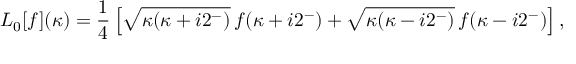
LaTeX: L _ { 0 } [ f ] ( \kappa ) = \frac { 1 } { 4 } \left[ \sqrt { \kappa ( \kappa + i 2 ^ { - } ) } \, f ( \kappa + i 2 ^ { - } ) + \sqrt { \kappa ( \kappa - i 2 ^ { - } ) } \, f ( \kappa - i 2 ^ { - } ) \right] ,